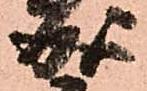
成